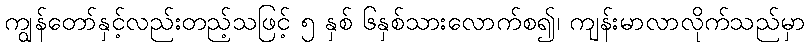
ကျွန်တော်နှင့်လည်းတည့်သဖြင့် ၅ နှစ် ၆နှစ်သားလောက်စ၍၊ ကျန်းမာလာလိုက်သည်မှာ